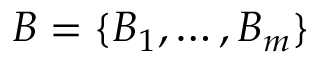
B = \{ B _ { 1 } , \dots , B _ { m } \}